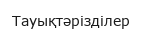
Тауықтәрізділер